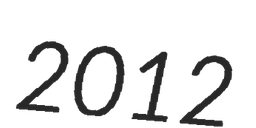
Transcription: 2012